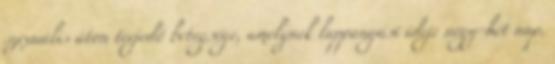
szexuális úton terjedő betegsége, amelynek lappangási ideje négy-hét nap.